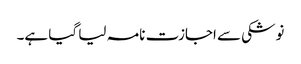
نوشکی سے اجازت نامہ لیا گیا ہے۔